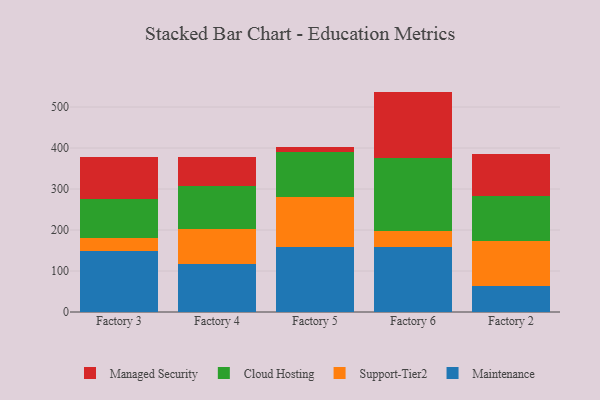
{"axis": {"x": "Factory", "y": "Active Users"}, "legend": ["Cloud Hosting", "Maintenance", "Managed Security", "Support-Tier2"], "data": [{"x": "Factory 3", "y": 149.1, "type": "Maintenance"}, {"x": "Factory 3", "y": 30.8, "type": "Support-Tier2"}, {"x": "Factory 3", "y": 96.2, "type": "Cloud Hosting"}, {"x": "Factory 3", "y": 102.9, "type": "Managed Security"}, {"x": "Factory 4", "y": 118.2, "type": "Maintenance"}, {"x": "Factory 4", "y": 83.7, "type": "Support-Tier2"}, {"x": "Factory 4", "y": 105.9, "type": "Cloud Hosting"}, {"x": "Factory 4", "y": 69.8, "type": "Managed Security"}, {"x": "Factory 5", "y": 158.6, "type": "Maintenance"}, {"x": "Factory 5", "y": 121.8, "type": "Support-Tier2"}, {"x": "Factory 5", "y": 109.2, "type": "Cloud Hosting"}, {"x": "Factory 5", "y": 14.1, "type": "Managed Security"}, {"x": "Factory 6", "y": 157.5, "type": "Maintenance"}, {"x": "Factory 6", "y": 39.9, "type": "Support-Tier2"}, {"x": "Factory 6", "y": 178.7, "type": "Cloud Hosting"}, {"x": "Factory 6", "y": 161.5, "type": "Managed Security"}, {"x": "Factory 2", "y": 63.2, "type": "Maintenance"}, {"x": "Factory 2", "y": 108.8, "type": "Support-Tier2"}, {"x": "Factory 2", "y": 110.8, "type": "Cloud Hosting"}, {"x": "Factory 2", "y": 102.6, "type": "Managed Security"}]}